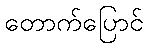
တောက်ပြောင်